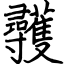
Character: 彠